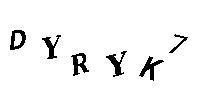
DYRYK7